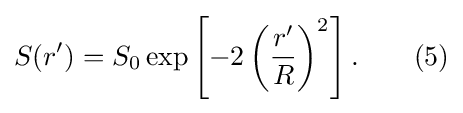
S(r')=S_{0}\exp \left[-2\left({\frac {r'}{R}}\right)^{2}\right].\qquad (5)